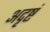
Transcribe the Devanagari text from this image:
अदृष्टं